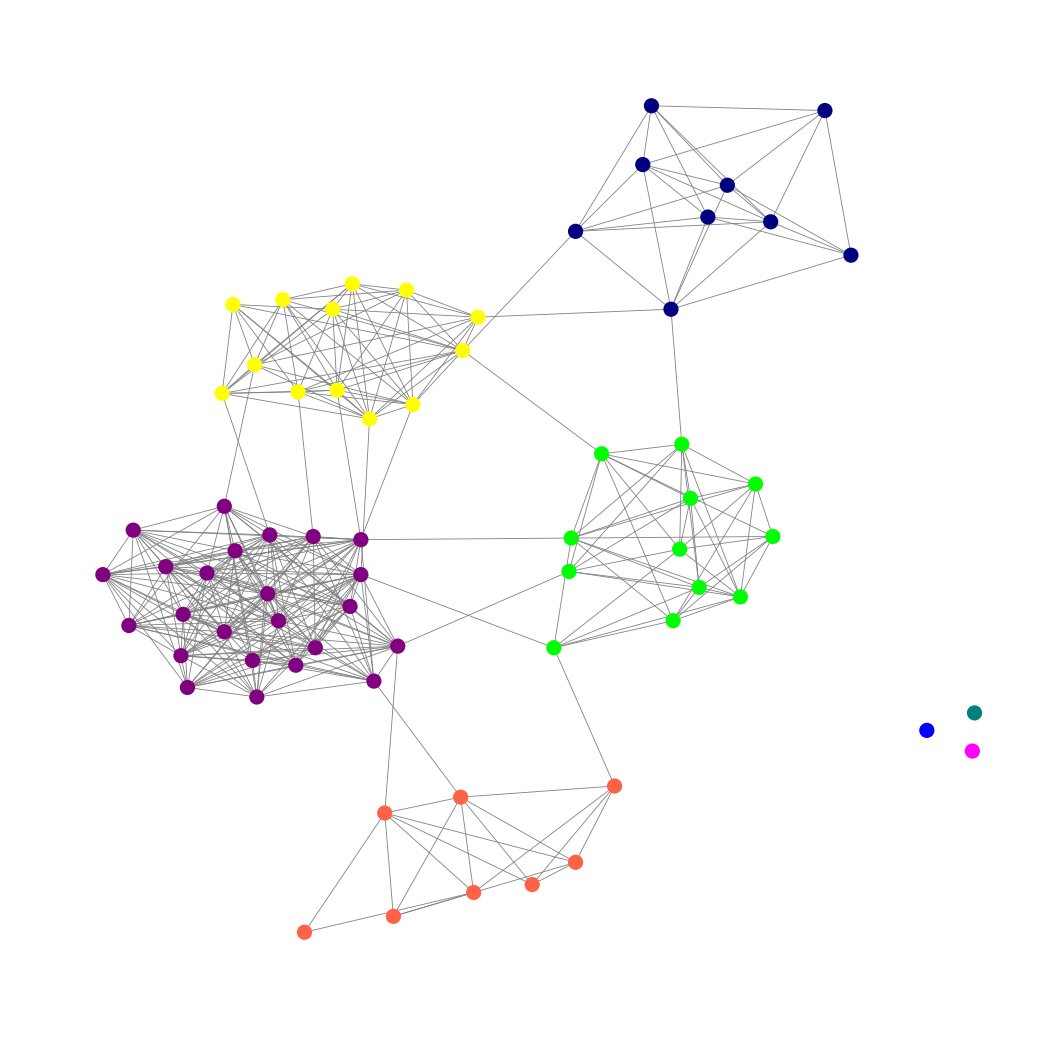
Graph connected: No
Number of connected components: 4
Number of singletons: 3
Total number of nodes: 69
Total number of edges: 368
Number of communities: 8
Community sizes:
Blue: 1
Fuchsia: 1
Lime: 12
Navy: 9
Purple: 24
Teal: 1
Tomato: 8
Yellow: 13
Graph layout: tda
Graph generation method: erdos_renyi